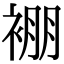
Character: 䙀